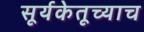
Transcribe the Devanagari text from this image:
सूर्यकेतूच्याच